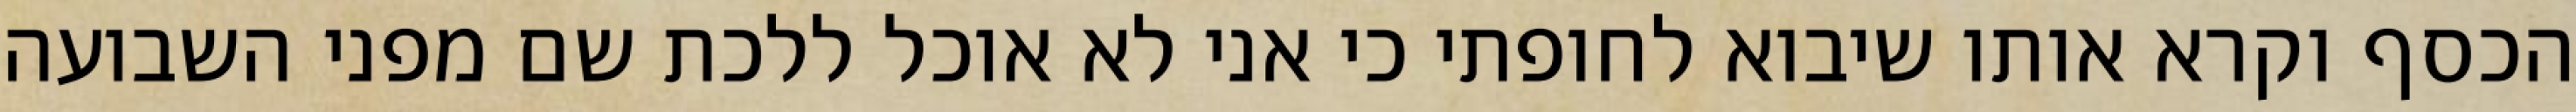
הכסף וקרא אותו שיבוא לחופתי כי אני לא אוכל ללכת שם מפני השבועה